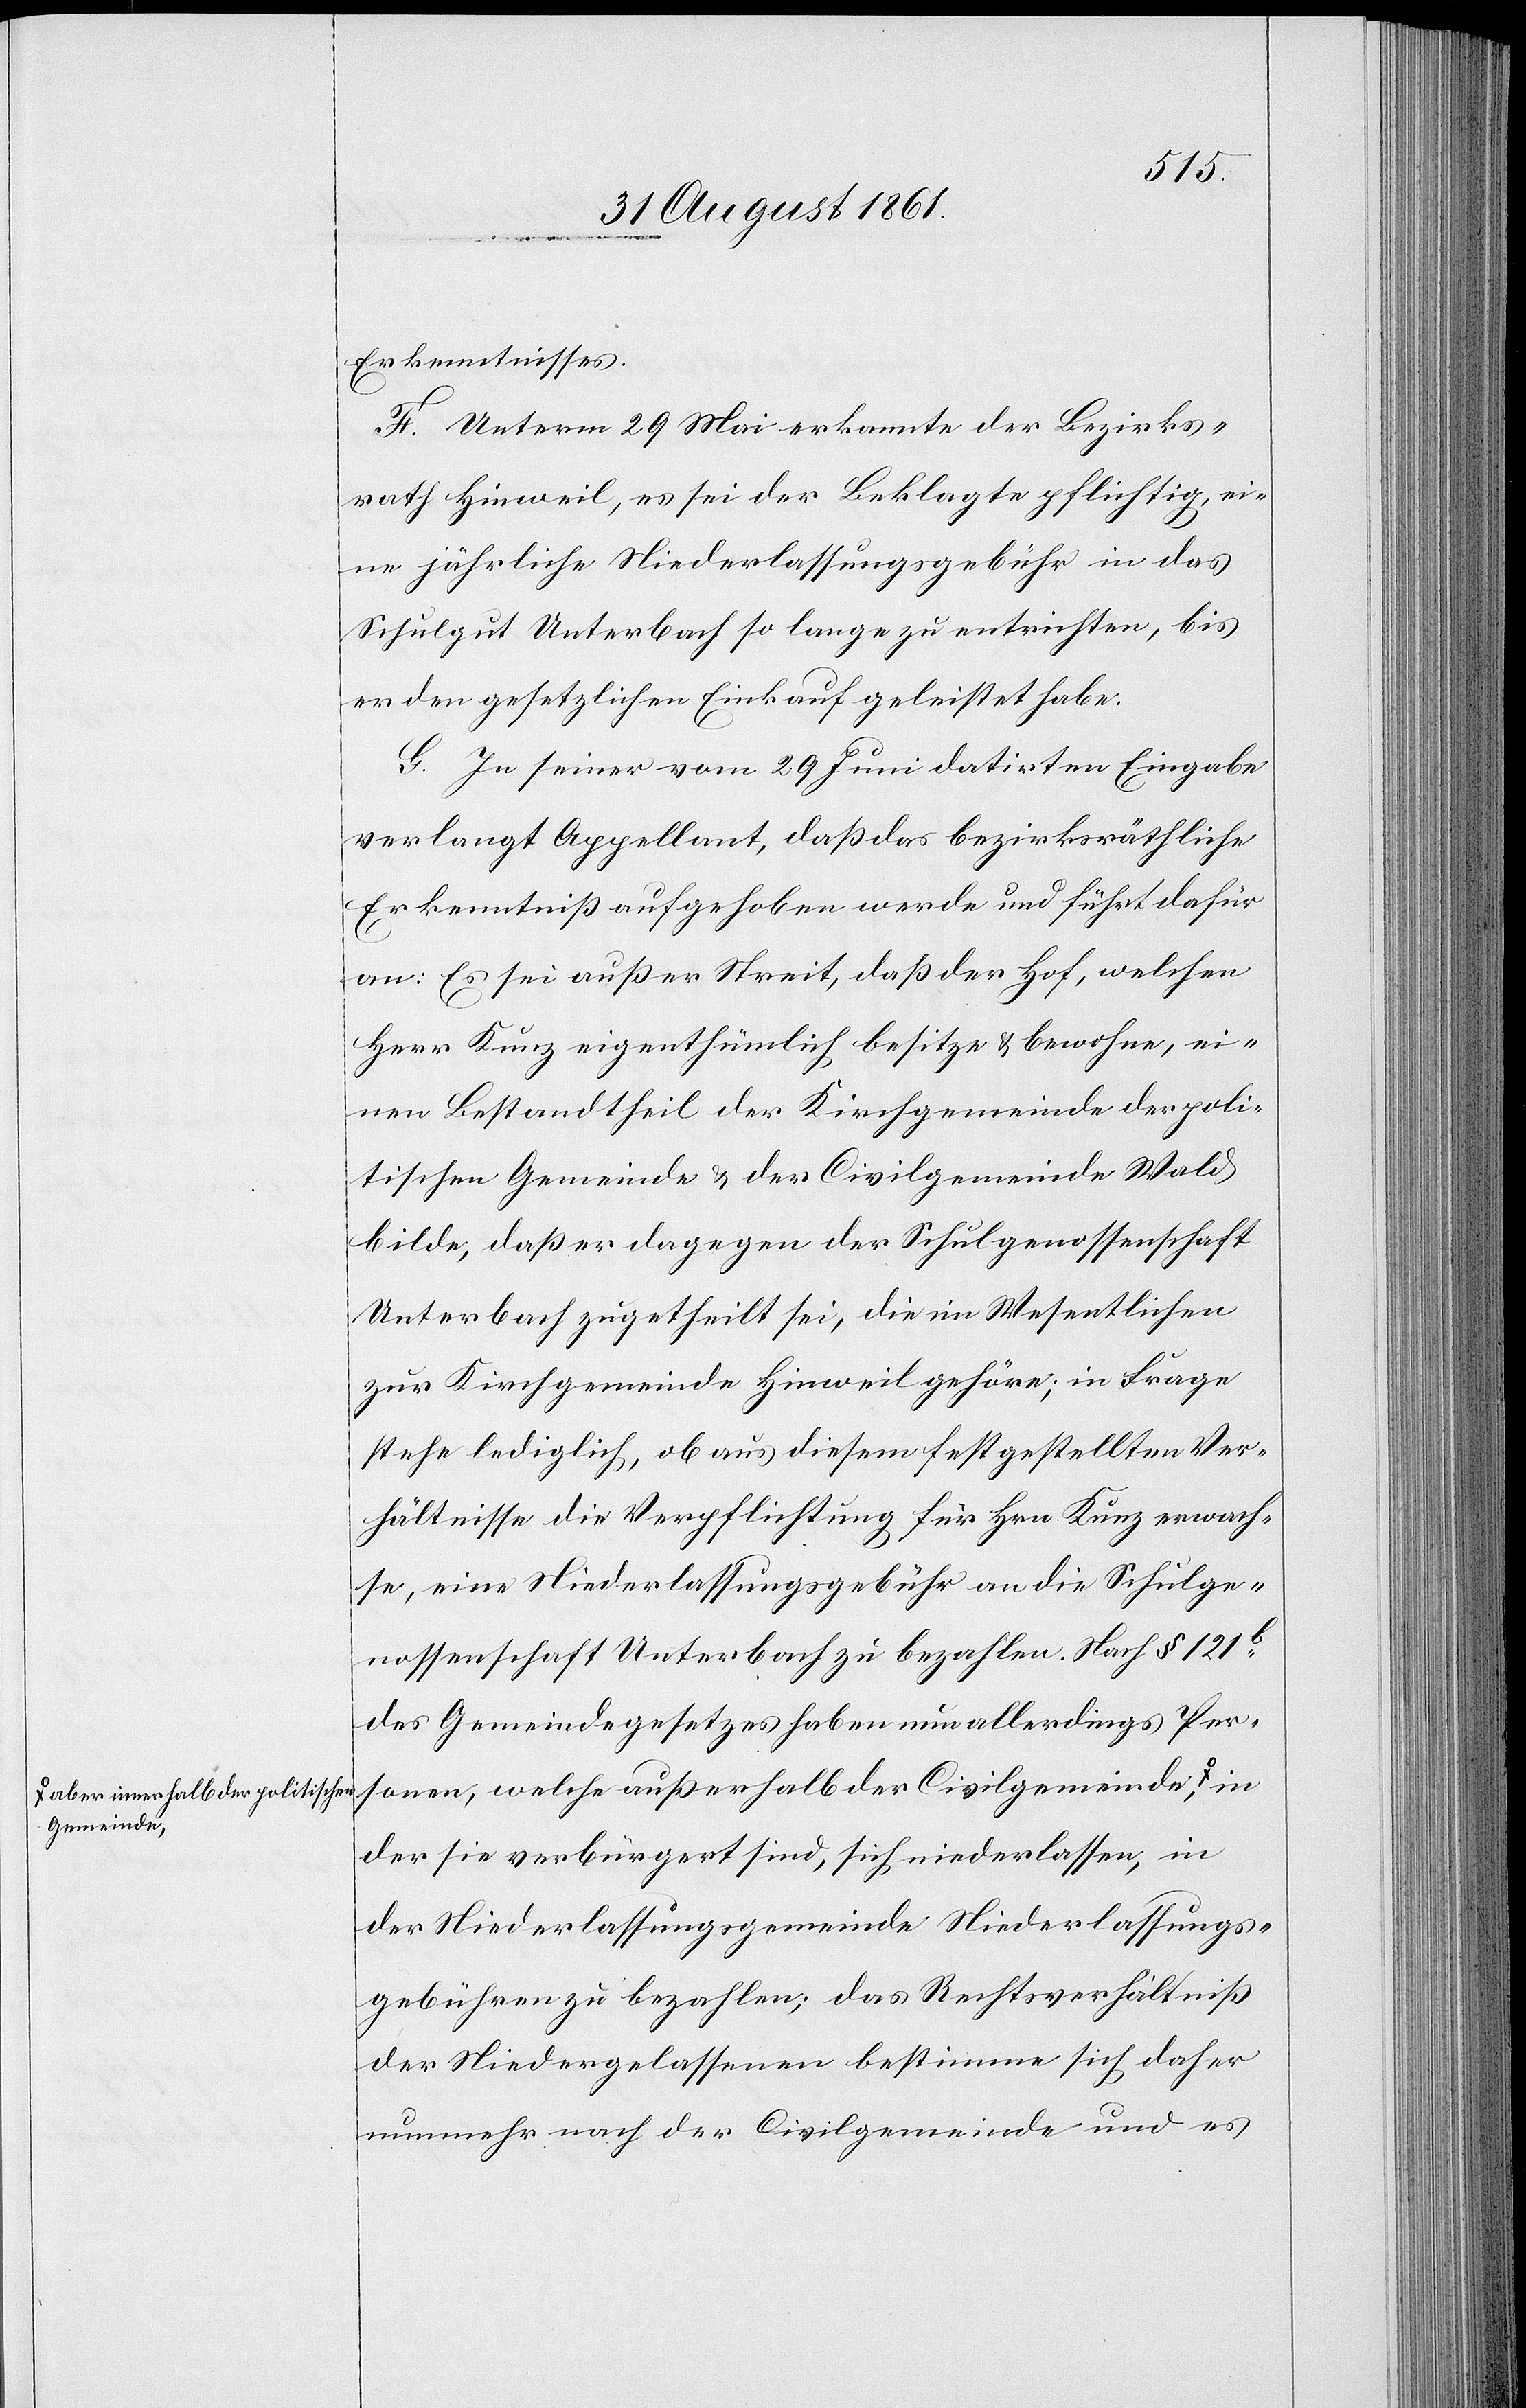
a-aber innerhalb der politischen
Gemeinde-a,

Erkenntnisses.
F. Unterm 29 Mai erkannte der Bezirks¬
rath Hinweil, es sei der Beklagte pflichtig, ei¬
ne jährliche Niederlassungsgebühr in das
Schulgut Unterbach so lange zu entrichten, bis
er den gesetzlichen Einkauf geleistet habe.
G. In seiner vom 29 Juni datirten Eingabe
verlangt Appellant, daß das bezirksräthliche
Erkenntniß aufgehoben werde und führt dafür
an: Es sei außer Streit, daß der Hof, welchen
Herr Kunz eigenthümlich besitze u. bewohne, ei¬
nen Bestandtheil der Kirchgemeinde der poli¬
tischen Gemeinde u. der Civilgemeinde Wald
bilde, daß er dagegen der Schulgenoßenschaft
Unterbach zugetheilt sei, die im Wesentlichen
zur Kirchgemeinde Hinweil gehöre; in Frage
stehe lediglich, ob aus diesem festgestellten Ver¬
hältnisse die Verpflichtung für Hrn. Kunz erwach¬
se, eine Niederlaßungsgebühr an die Schulge¬
nossenschaft Unterbach zu bezahlen. Nach § 121b
des Gemeindegesetzes haben nun allerdings Per¬
sonen, welche außerhalb der Civilgemeinde
der sie verbürgert sind, sich niederlassen, in
der Niederlassungsgemeinde Niederlassungs¬
gebühren zu bezahlen; das Rechtsverhältniß
der Niedergelassenen bestimme sich daher
nunmehr nach der Civilgemeinde und es